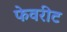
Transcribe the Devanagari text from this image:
फेवरीट